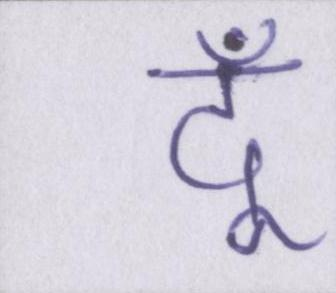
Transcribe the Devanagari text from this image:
दूँ